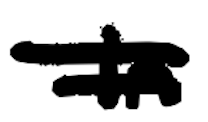
Text: in
Cross-out: double-line
Writing tool: digital_black